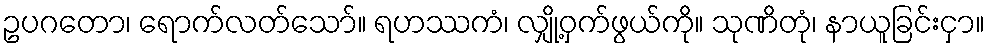
ဥပဂတော၊ ရောက်လတ်သော်။ ရဟဿကံ၊ လျှို့ဝှက်ဖွယ်ကို။ သုဏိတုံ၊ နာယူခြင်းငှာ။